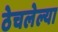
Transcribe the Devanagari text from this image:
ठेचलेल्या